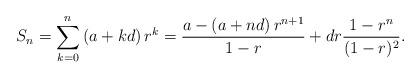
LaTeX: \begin{align*}S_n=\sum_{k=0}^n\left( a+kd\right)r^k=\frac{a-\left( a+nd\right)r^{n+1}}{1-r}+dr\frac{1-r^n}{(1-r)^2}.\end{align*}